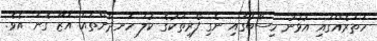
ހަތަރެއްގައި އުޅުނު ހިސާބުގައި ނެގި ފޯރިތަކުގެ ކުލަ ހަނދާންތައް އަޒޫ ގެނަ އެވެ.